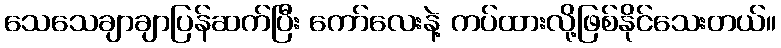
သေသေချာချာပြန်ဆက်ပြီး ကော်လေးနဲ့ ကပ်ထားလို့ဖြစ်နိုင်သေးတယ်။